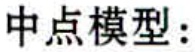
中点模型：